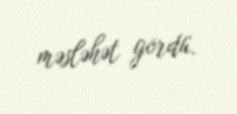
məsləhət gördü.